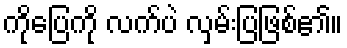
ကိုပြေကို လက်ပဲ လှမ်းပြဖြစ်၏။